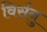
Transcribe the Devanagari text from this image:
विर्सनु